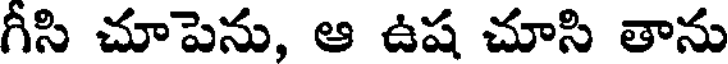
గీసి చూపెను, ఆ ఉష చూసి తాను